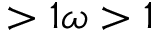
> 1 \omega > 1